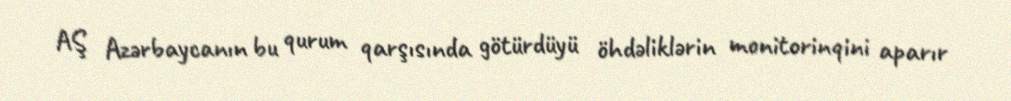
AŞ Azərbaycanın bu qurum qarşısında götürdüyü öhdəliklərin monitorinqini aparır